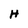
Character: H